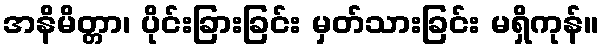
အနိမိတ္တာ၊ ပိုင်းခြားခြင်း မှတ်သားခြင်း မရှိကုန်။